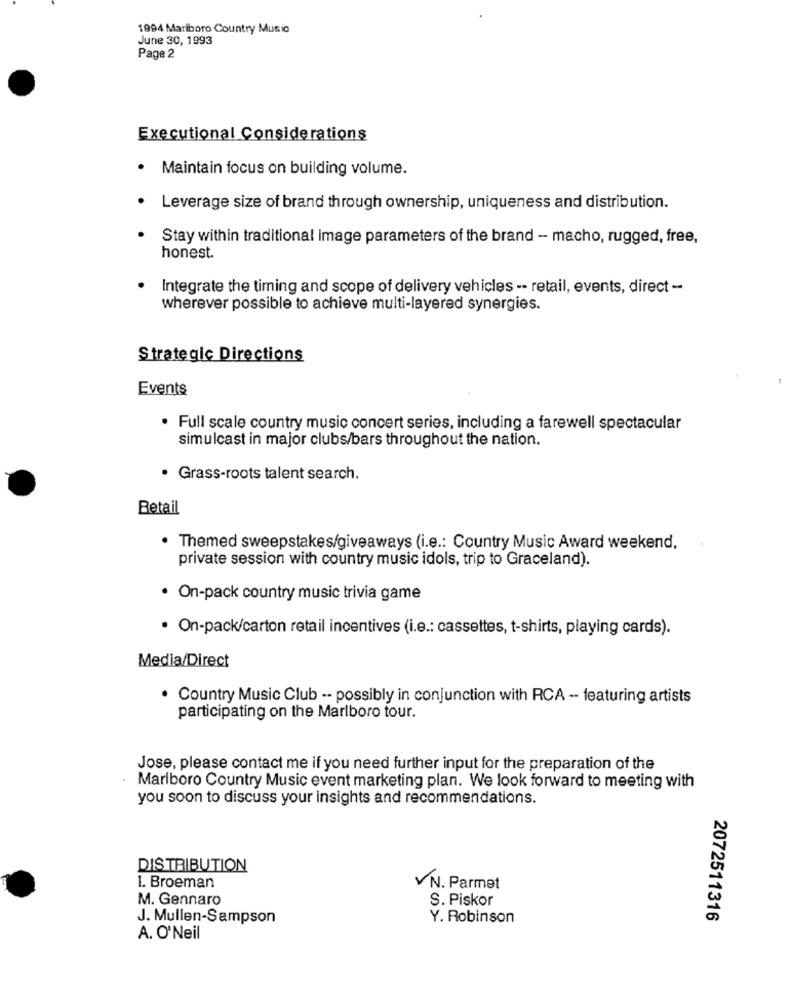
1994 Marlboro Country Music
June 30, 1993
Page 2
Executional Considerations
· Maintain focus on building volume.
Leverage size of brand through ownership, uniqueness and distribution.
Stay within traditional image parameters of the brand - macho, rugged, free,
honest.
Integrate the timing and scope of delivery vehicles -- retail, events, direct -
wherever possible to achieve multi-layered synergies.
Strategic Directions
Events
· Full scale country music concert series, including a farewell spectacular
simulcast in major clubs/bars throughout the nation.
. Grass-roots talent search.
Retail
Themed sweepstakes/giveaways (i.e .: Country Music Award weekend,
private session with country music idols, trip to Graceland).
· On-pack country music trivia game
· On-pack/carton retail incentives (i.e .: cassettes, t-shirts, playing cards).
Media/Direct
. Country Music Club -- possibly in conjunction with RCA -- featuring artists
participating on the Marlboro tour.
Jose, please contact me if you need further input for the preparation of the
Marlboro Country Music event marketing plan. We look forward to meeting with
you soon to discuss your insights and recommendations.
DISTRIBUTION
1. Broeman
VN. Parmet
M. Gennaro
S. Piskor
J. Mullen-Sampson
Y. Robinson
2072511316
A. O' Neil